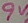
Text: 9V